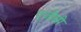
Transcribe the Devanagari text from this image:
एजीसी